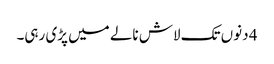
4 دنوں تک لاش نالے میں پڑی رہی۔